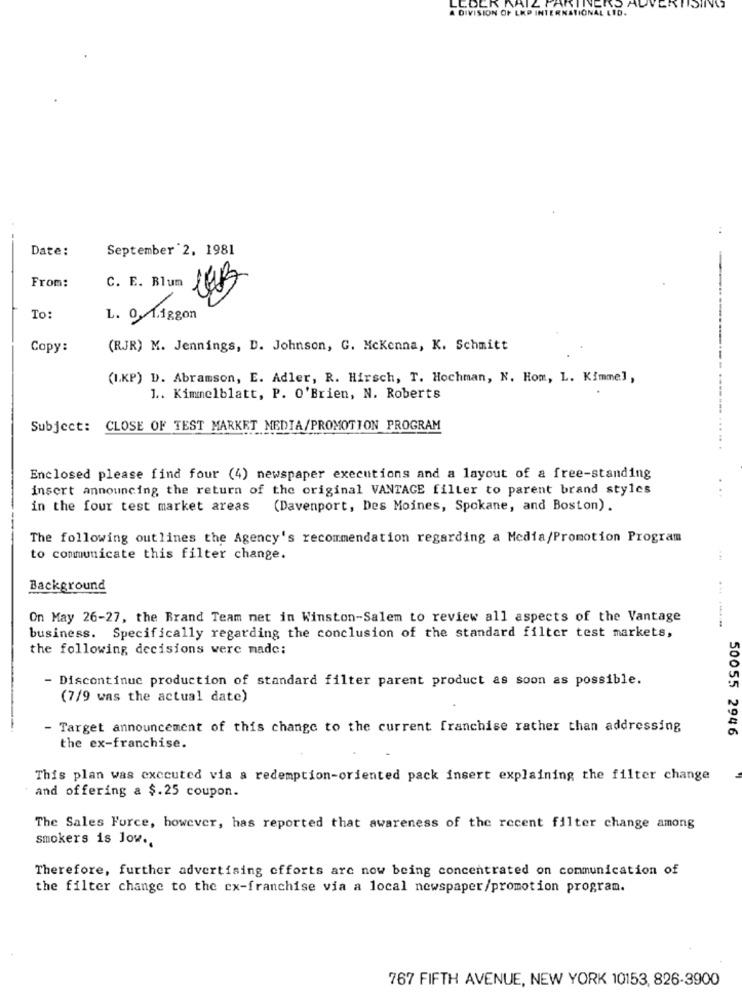
A DIVISION OF LKP INTERN
.COL
ATION
Date:
September 2, 1981
C. E. Blum
From:
To:
L. 0.1.1ggon
Copy:
(RJR) M. Jennings, D. Johnson, G. Mckenna, K. Schmitt
(I.KP) D. Abramson, E. Adler, R. Hirsch, T. Hochman, N. Hom, L. Kimmel,
1 .. Kimmelblatt, P. O'Brien, N. Roberts
Subject: CLOSE OF TEST MARKET MEDIA/PROMOTION PROGRAM
Enclosed please find four (4) newspaper executions and a layout of a free-standing
insert announcing the return of the original VANTAGE filter to parent brand styles
...
in the four test market areas
(Davenport, Des Moines, Spokane, and Boston).
The following outlines the Agency's recommendation regarding a Media/Promotion Program
to communicate this filter change.
Background
On May 26-27, the Brand Team net in Winston-Salem to review all aspects of the Vantage
business. Specifically regarding the conclusion of the standard filter test markets,
the following decisions were made;
- Discontinue production of standard filter parent product as soon as possible.
(7/9 was the actual date)
- Target announcement of this change to the current franchise rather than addressing
50055 2946
the ex-franchise.
This plan was executed via a redemption-oriented pack insert explaining the filter change
and offering a $.25 coupon.
The Sales Force, however, has reported that awareness of the recent filter change among
smokers is low ..
Therefore, further advertising efforts are now being concentrated on communication of
the filter change to the ex-franchise via a local newspaper/promotion program.
767 FIFTH AVENUE, NEW YORK 10153, 826-3900